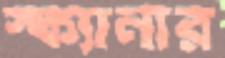
স্ক্যানার